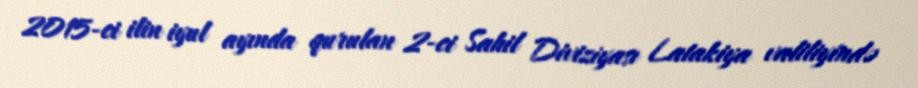
2015-ci ilin iyul ayında qurulan 2-ci Sahil Diviziyası Latakiya valiliyində